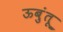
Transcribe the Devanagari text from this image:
ऊबुंतू